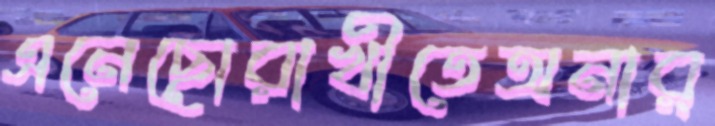
এনেছোরাখীতেঅনার্